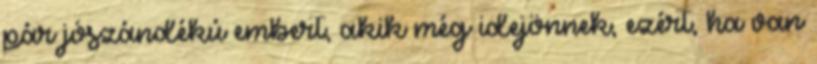
pár jószándékú embert, akik még idejönnek, ezért, ha van